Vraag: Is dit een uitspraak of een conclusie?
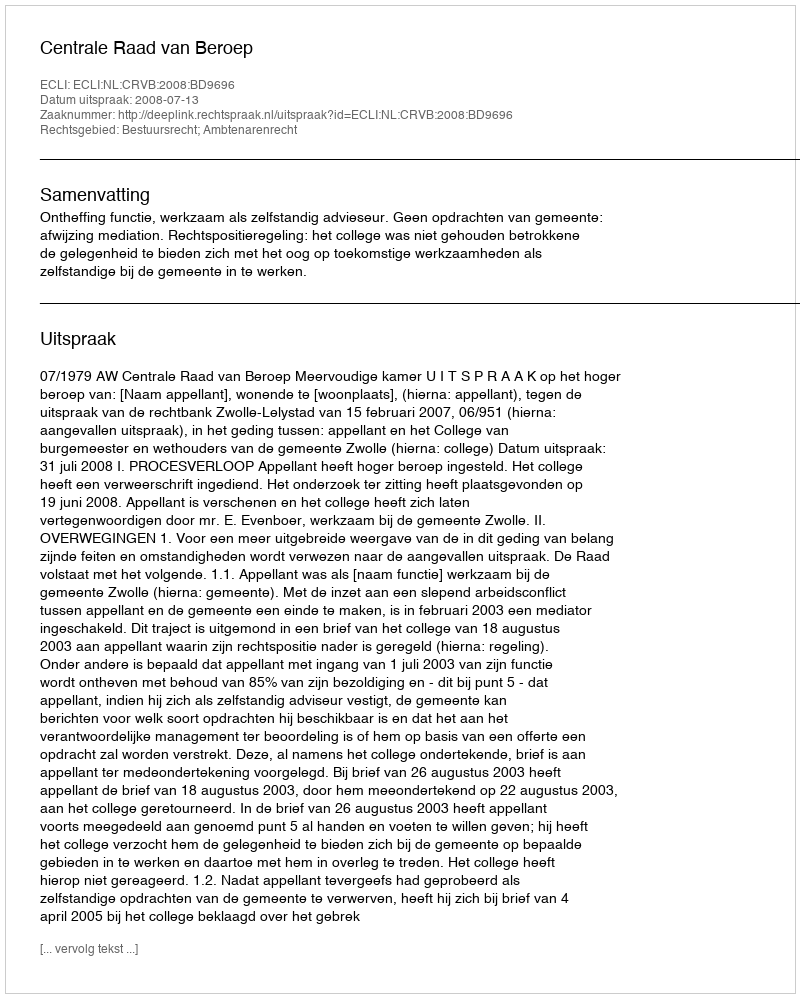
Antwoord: Uitspraak